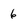
Character: 6